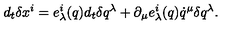
{ d _ { t } } \delta x ^ { i } = e _ { \lambda } ^ { i } ( q ) d _ { t } \delta q ^ { \lambda } + \partial _ { \mu } e _ { \lambda } ^ { i } ( q ) \dot { q } ^ { \mu } \delta q ^ { \lambda } .